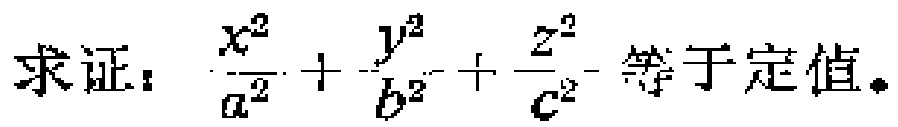
求证：\(\frac{x^{2}}{a^{2}}+\frac{y^{2}}{b^{2}}+\frac{z^{2}}{c^{2}}\)等于定值。